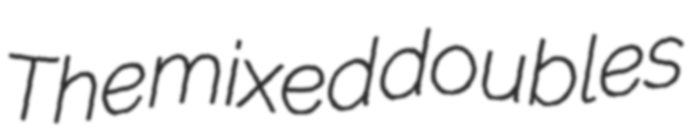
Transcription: The mixed doubles